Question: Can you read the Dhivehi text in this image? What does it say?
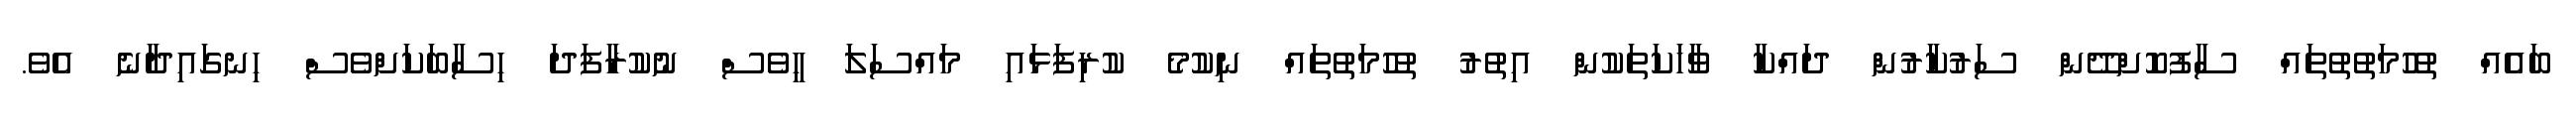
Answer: ބައެއް ތުހުމަތުތުތައް ސާފުކޮށްދޭން ސަރުކާރުން ދައްކާ ވާހަކަތަކުން އިތުރު ތުހުމަތުތައް ނިކުމެ ކުރިފަޅައި މައްސަލަ ހީވެސް ނުކުރާފަދަ ހިސާބަކަށްވެސް ހިނގައިދާނެ އެވެ.